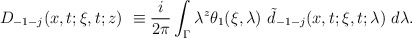
\begin{align*}D_{-1-j}(x,t;\xi ,t;z)\ \equiv \frac i{2\pi}\int_\Gamma \lambda ^z\theta _1(\xi ,\lambda )\ \tilde d_{-1-j}(x,t;\xi,t;\lambda )\ d\lambda.\end{align*}